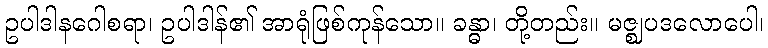
ဥပါဒါနဂေါစရာ၊ ဥပါဒါန်၏ အာရုံဖြစ်ကုန်သော။ ခန္ဓာ၊ တို့တည်း။ မဇ္ဈပဒလောပေါ၊